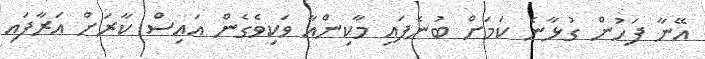
އޭނާ ފަހުން ގުޅާނެ ކަމަށް ބުނެފައި މާކިންއާ ވަކިވެގެން އައިސް ކާރަށް އަރާފައި